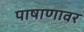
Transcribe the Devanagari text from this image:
पाषाणावर